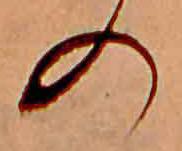
の